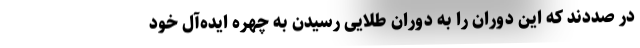
در صددند که این دوران را به دوران طلایی رسیدن به چهره ایده‌آل خود